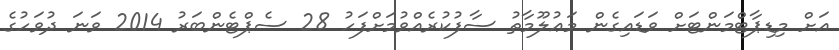
އަށް މިޑިޕާޓްމަންޓަށް ވަޑައިގެން މަޢުލޫމާތު ސާފުކުރެއްވުމަށްފަހު 28 ސެޕްޓެންބަރު 2014 ވަނަ ދުވަހުގެ